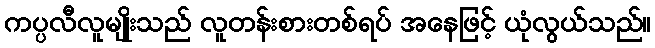
ကပ္ပလီလူမျိုးသည် လူတန်းစားတစ်ရပ် အနေဖြင့် ယုံလွယ်သည်။